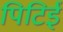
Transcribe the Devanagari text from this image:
पिटिई